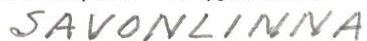
SAVONLINNA